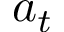
a _ { t }